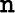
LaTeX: \boldsymbol{\mathtt{n}}